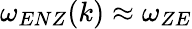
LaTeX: \omega_{ENZ}(k)\approx\omega_{ZE}